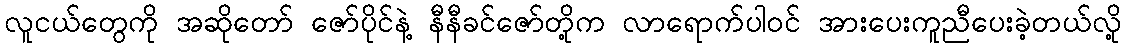
လူငယ်တွေကို အဆိုတော် ဇော်ပိုင်နဲ့ နီနီခင်ဇော်တို့က လာရောက်ပါဝင် အားပေးကူညီပေးခဲ့တယ်လို့